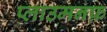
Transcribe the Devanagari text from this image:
प्लाउमनफ़